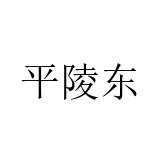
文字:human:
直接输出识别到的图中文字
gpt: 平陵东